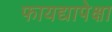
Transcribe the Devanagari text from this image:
फायद्यापेक्षा